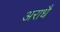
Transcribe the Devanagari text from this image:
अराधै